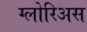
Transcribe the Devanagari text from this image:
ग्लोरिअस